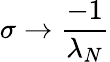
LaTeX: \sigma\to\frac{-1}{\lambda_{N}}